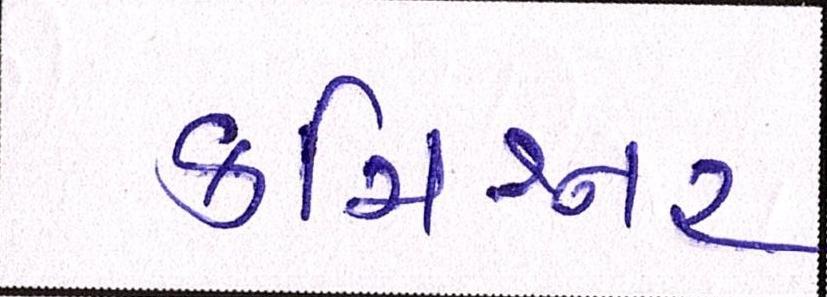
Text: કમિશ્નર